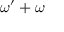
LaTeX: \omega ^ { \prime } + \omega